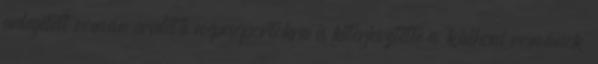
emlegetett román eredetű népcsoportokra is kiterjesztette a 'külhoni románok'